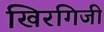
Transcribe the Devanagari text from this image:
खिरगिजी